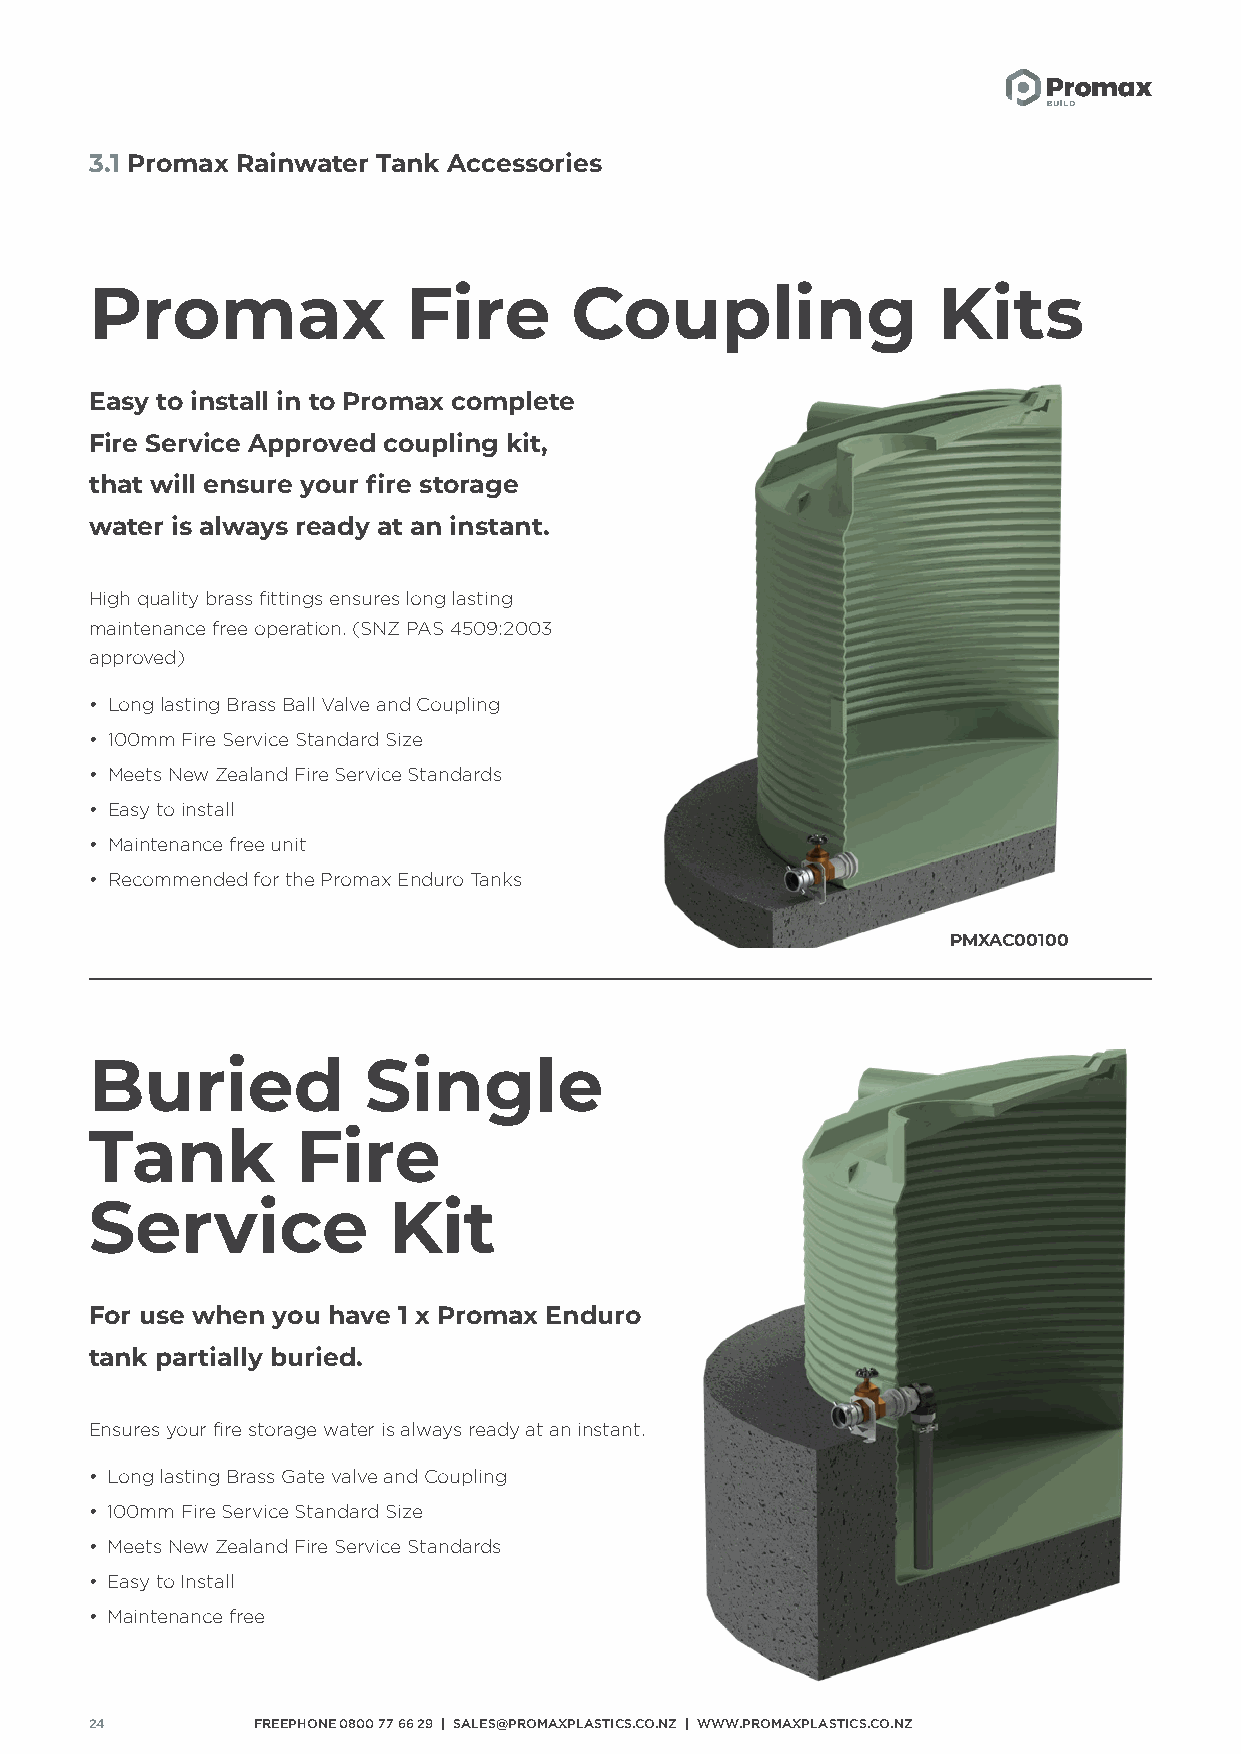
3.1 Promax Rainwater Tank Accessories
 Promax               Fire       Coupling                Kits
 Easy to install in to Promax complete
 Fire Service Approved coupling kit,
 that will ensure your fire storage
 water is always ready at an instant.
 High quality brass fittings ensures long lasting
 maintenance free operation. (SNZ PAS 4509:2003
 approved)
 • Long lasting Brass Ball Valve and Coupling
 • 100mm Fire Service Standard Size
 • Meets New Zealand Fire Service Standards
 • Easy to install
 • Maintenance free unit
 • Recommended for the Promax Enduro Tanks
 PMXAC00100
 Buried            Single
 Tank          Fire
 Service             Kit
 For use when you have 1 x Promax Enduro
 tank partially buried.
 Ensures your fire storage water is always ready at an instant.
 • Long lasting Brass Gate valve and Coupling
 • 100mm Fire Service Standard Size
 • Meets New Zealand Fire Service Standards
 • Easy to Install
 • Maintenance free
 24         FREEPHONE 0800 77 66 29 | SALES@PROMAXPLASTICS.CO.NZ | WWW.PROMAXPLASTICS.CO.NZ